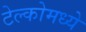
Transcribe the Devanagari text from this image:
टेल्कोमध्ये